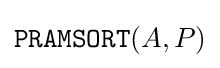
{\texttt {PRAMSORT}}(A,P)